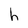
Character: h